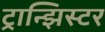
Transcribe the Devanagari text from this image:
ट्रान्झिस्टर